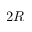
2 R